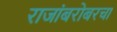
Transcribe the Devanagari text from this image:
राजांबरोबरचा